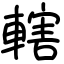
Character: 轄